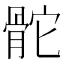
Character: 𩨭